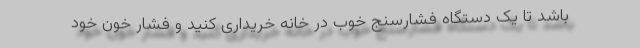
باشد تا یک دستگاه فشارسنج خوب در خانه خریداری کنید و فشار خون خود